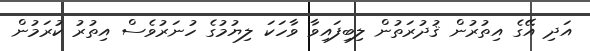
އަދި އޭގެ އިތުރުން ޤުދުރަތުން ލިބިފައިވާ ވާހަކަ ލިޔުމުގެ ހުނަރުވެސް އިތުރު ކުރަމުން